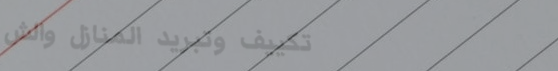
تكييف وتبريد المنازل والش